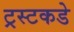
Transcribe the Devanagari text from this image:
ट्रस्टकडे